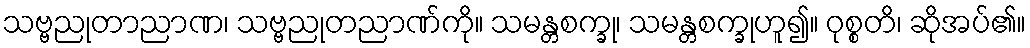
သဗ္ဗညုတာညာဏ၊ သဗ္ဗညုတညာဏ်ကို။ သမန္တစက္ခု၊ သမန္တစက္ခုဟူ၍။ ဝုစ္စတိ၊ ဆိုအပ်၏။